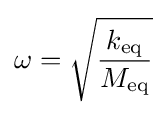
\omega ={\sqrt {\frac {k_{\text{eq}}}{M_{\text{eq}}}}}